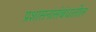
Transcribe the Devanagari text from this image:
प्रशासनासंबंधातील